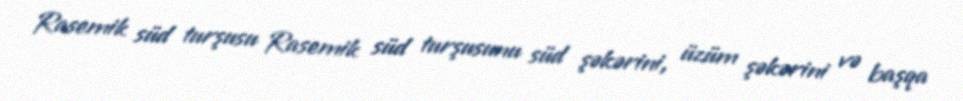
Rasemik süd turşusu Rasemik süd turşusunu süd şəkərini, üzüm şəkərini və başqa